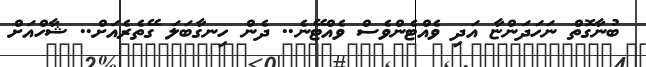
ބުނާގޮތް ނަހަދަންޏާ އަދި ވެއްޓެންވެސް ވެއްޓޭނެ.. ދެން ހިނގާބަލަ ގޭތެރެއަށް.. ޝާހްއަށް